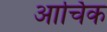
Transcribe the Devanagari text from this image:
आर्चिक